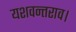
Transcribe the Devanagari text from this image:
यशवन्तराव।